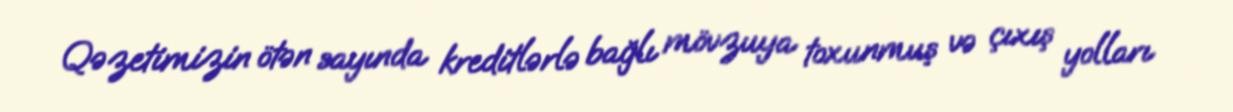
Qəzetimizin ötən sayında kreditlərlə bağlı mövzuya toxunmuş və çıxış yolları